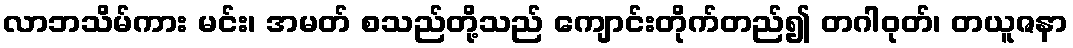
လာဘသိမ်ကား မင်း၊ အမတ် စသည်တို့သည် ကျောင်းတိုက်တည်၍ တဂါဝုတ်၊ တယူဇနာ